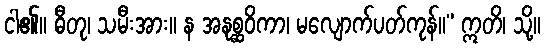
ငါ၏။ ဓီတု၊ သမီးအား။ န အနုစ္ဆဝိကာ၊ မလျောက်ပတ်ကုန်။” ဣတိ၊ သို့။